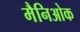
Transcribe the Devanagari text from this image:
मैनिओक